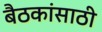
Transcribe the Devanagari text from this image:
बैठकांसाठी